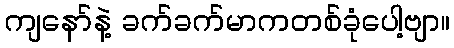
ကျနော်နဲ့ ခက်ခက်မာကတစ်ခုံပေါ့ဗျာ။